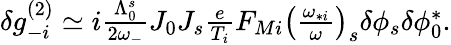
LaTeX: \begin{array}{r}{\delta g_{-i}^{(2)}\simeq i\frac{\Lambda_{0}^{s}}{2\omega_{-}}J_{0}J_{s}\frac{e}{T_{i}}F_{Mi}\left(\frac{\omega_{*i}}{\omega}\right)_{s}\delta\phi_{s}\delta\phi_{0}^{*}.}\end{array}